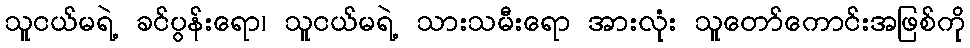
သူငယ်မရဲ့ ခင်ပွန်းရော၊ သူငယ်မရဲ့ သားသမီးရော အားလုံး သူတော်ကောင်းအဖြစ်ကို